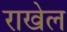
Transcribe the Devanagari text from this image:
राखेल